Mental hospitals Bombay report 1929-33 - 1929-1933
Year: 1929
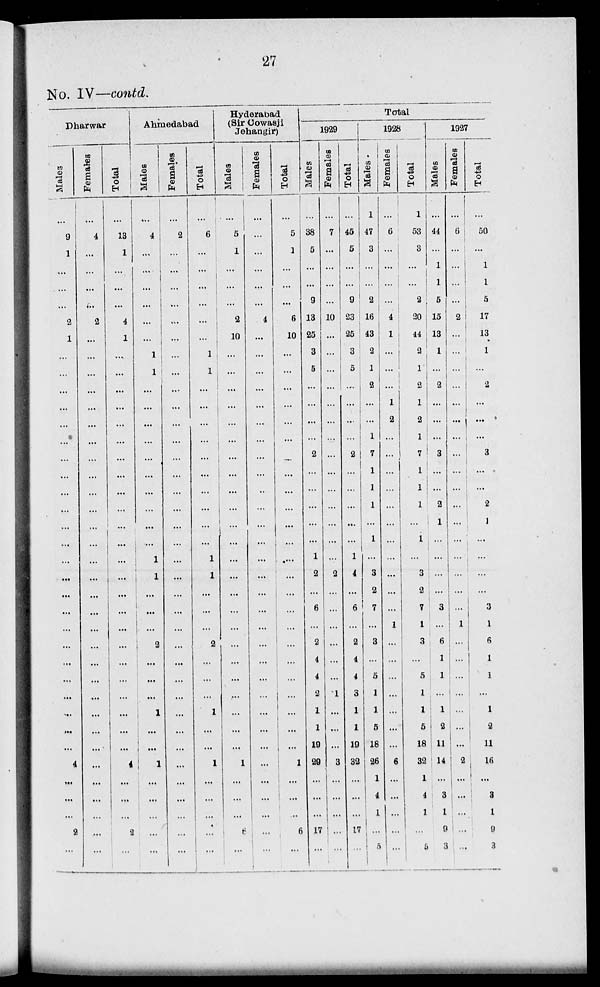
27
No. IV—contd.
Dharwar
Males
...
9
1
...
...
...
2
1
...
...
...
...
...
...
...
...
...
...
...
...
...
...
...
...
...
...
...
...
...
...
...
...
4
...
...
...
2
...
Females
...
4
...
...
...
...
2
...
...
...
...
...
...
...
...
...
...
...
...
...
...
...
...
...
...
...
...
...
...
...
...
...
...
...
...
...
...
...
Total
...
13
1
...
...
...
4
1
...
...
...
...
...
...
...
...
...
...
...
...
...
...
...
...
...
...
...
...
...
...
...
...
4
...
...
...
2
...
Ahmedabad
Males
...
4
...
...
...
...
...
...
1
1
...
...
...
...
...
...
...
...
...
...
1
1
...
...
...
2
...
...
...
1
...
...
1
...
...
...
...
...
Females
...
2
...
...
...
...
...
...
...
...
...
...
...
...
...
...
...
...
...
...
...
...
...
...
...
...
...
...
...
...
...
...
...
...
...
...
...
...
Total
...
6
...
...
...
...
...
...
1
1
...
...
...
...
...
...
...
...
...
...
1
1
...
...
...
2
...
...
...
1
...
...
1
...
...
...
...
...
Hyderabad
(Sir Cowasji
Jehangir)
Males
...
5
1
...
...
...
2
10
...
...
...
...
...
...
...
...
...
...
...
...
...
...
...
...
...
...
...
...
...
...
...
...
1
...
...
...
6
...
Females
...
...
...
...
...
...
4
...
...
...
...
...
...
...
...
...
...
...
...
...
...
...
...
...
...
...
...
...
...
...
...
...
...
...
...
...
...
...
Total
...
5
1
...
...
...
6
10
...
...
...
...
...
...
...
...
...
...
...
...
...
...
...
...
...
...
...
...
...
...
...
...
1
...
...
..
6
...
Total
1929
Males
...
38
5
...
...
9
13
25
3
5
...
...
...
...
2
...
...
...
...
...
1
2
...
6
...
2
4
4
2
1
1
19
29
...
...
...
17
...
Females
...
7
...
...
...
...
10
...
...
...
...
...
...
...
...
...
...
...
...
...
...
2
...
...
...
...
...
...
1
...
...
...
3
...
...
...
...
...
Total
...
45
5
...
...
9
23
25
3
5
...
...
...
...
2
...
...
...
...
...
1
4
...
6
...
2
4
4
3
1
1
19
32
...
...
...
17
...
1928
Males
1
47
3
...
...
2
16
43
2
1
2
...
...
1
7
1
1
1
...
1
...
3
2
7
...
3
...
5
1
1
5
18
26
1
4
1
...
5
Females
...
6
...
...
...
...
4
1
...
...
...
1
2
...
...
...
...
...
...
...
...
...
...
...
1
...
...
...
...
...
...
...
6
...
...
...
...
...
Total
1
53
3
...
...
2
20
44
2
1
2
1
2
1
7
1
1
1
...
1
...
3
2
7
1
3
...
5
1
1
5
18
32
1
4
1
...
5
1927
Males
...
44
...
1
1
5
15
13
1
...
2
...
...
...
3
...
...
2
1
...
...
...
...
3
...
6
1
1
...
1
2
11
14
...
3
1
9
3
Females
...
6
...
...
...
...
2
...
...
...
...
...
...
...
...
...
...
...
...
...
...
...
...
...
1
...
...
...
...
...
...
...
2
...
...
...
...
...
Total
...
50
1
1
5
17
13
1
...
2
...
...
...
3
...
...
2
1
...
...
...
...
3
1
6
1
1
...
1
2
11
16
...
3
1
9
3